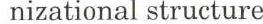
nizational structure